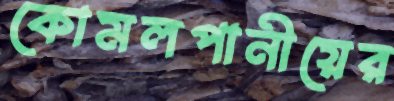
কোমলপানীয়ের